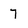
Character: 7